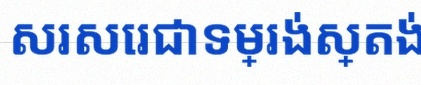
សរសេរជាទម្រង់ស្តង់ដារ